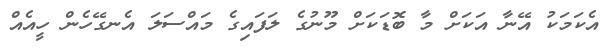
އެކަމަކު އޭނާ އަކަށް މާ ބޮޑަކަށް މޫނުގެ ލަފައިގެ މައްސަލަ އެނގޭހެން ހީއެއް